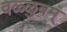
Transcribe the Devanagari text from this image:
वळ्ळुवम्